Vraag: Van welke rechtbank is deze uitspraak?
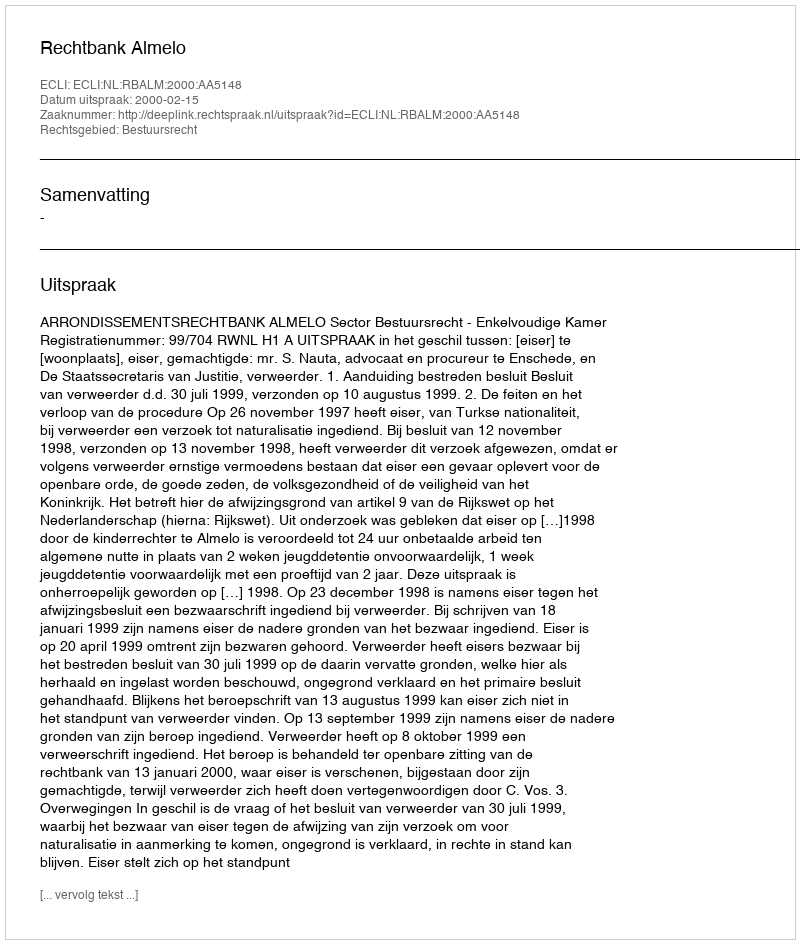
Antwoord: Rechtbank Almelo